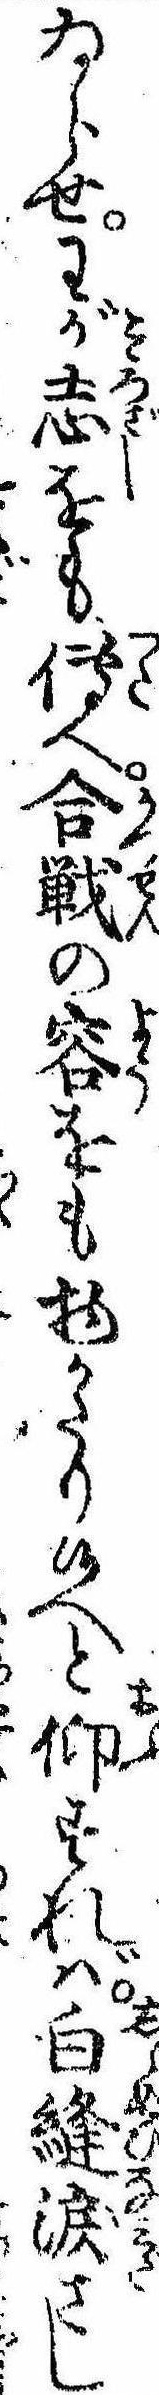
ゐらせわが志をも傅へ合戦の容をも物かたり候へと仰すれば白縫涙さし